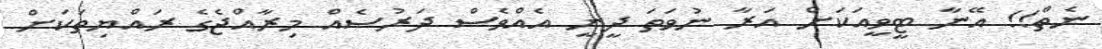
ނެތް!! އޭނާ ޓީވީއަކަށް އަރާ ނުވަތަ ދީނީ އެއްވެސް ދަރުސެއް މިރާއްޖެގެ ރައްޔިތަކަށް